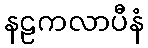
နဠကလာပီနံ